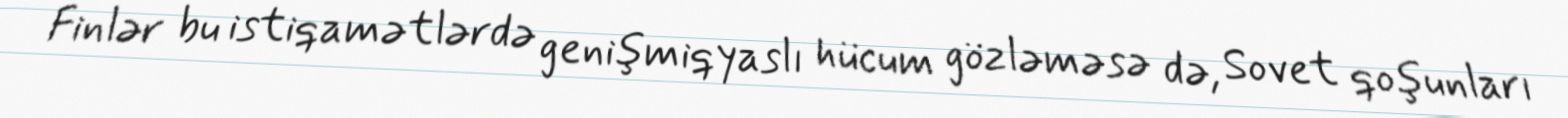
Finlər bu istiqamətlərdə genişmiqyaslı hücum gözləməsə də, Sovet qoşunları